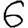
Digit: 6